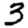
Digit: 3